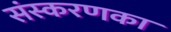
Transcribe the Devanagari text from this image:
संस्‍करणका